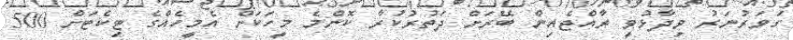
ގަވަރުނަރު ވިދާޅުވީ ރާއްޖެއިން ބޭރަށް ދަތުރުކުރާ ކޮންމެ މީހަކަށް އެމީހެއްގެ ޓިކެޓަށް 500